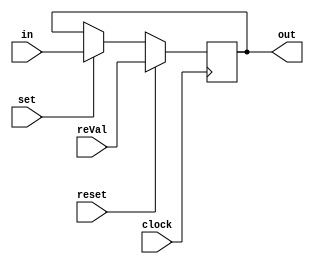
`timescale 1ns / 1ps
//////////////////////////////////////////////////////////////////////////////////
// Company: 
// Engineer: 
// 
// Design Name: 
// Module Name:    registerFile 
// Project Name: 
// Target Devices: 
// Tool versions: 
// Description: 
//
// Dependencies: 
//
// Revision: 
// Revision 0.01 - File Created
// Additional Comments: 
//
//////////////////////////////////////////////////////////////////////////////////
module cenrreg(in,out,set,reset,reVal,clock);//
    parameter width = 8;//
    input[width-1:0] in;//
    input set;//
    input reset;//
    input clock;//
    output[width-1:0] out;//
    reg [width-1:0] out;
    input [width-1:0] reVal;
    always@(posedge clock)//
    begin
        if(set)//1
            out <= in;
        if(reset)//1
            out <= reVal;
     end            
endmodule
//
module registerFile(srcA,srcB,valA,valB,dstE,valE,dstM,valM,reset,clock,rax,rcx,rdx,rbx,rsp,rbp,rsi,rdi,r8,r9,r10,r11,r12,r13,r14);
    //id
    parameter valSize = 64;
    parameter regAddr = 4;
    //
    parameter IRAX = 4'h0;
    parameter IRCX = 4'h1;
    parameter IRDX = 4'h2;
    parameter IRBX = 4'h3;
    parameter IRSP = 4'h4;
    parameter IRBP = 4'h5;
    parameter IRSI = 4'h6;
    parameter IRDI = 4'h7;
    parameter IR8 = 4'h8;
    parameter IR9 = 4'h9;
    parameter IRA = 4'ha;
    parameter IRB = 4'hb;
    parameter IRC = 4'hc;
    parameter IRD = 4'hd;
    parameter IRE = 4'he;
    parameter RNONE = 4'hf;
    //
    output[valSize-1:0]rax,rcx,rdx,rbx,rsp,rbp,rdi,rsi,r8,r9,r10,r11,r12,r13,r14;
    input[regAddr-1:0] srcA;
    input[regAddr-1:0] srcB;
    output[valSize-1:0]valA;
    output[valSize-1:0]valB;
    input[regAddr-1:0]dstE;
    input[regAddr-1:0]dstM;
    input[valSize-1:0]valE;
    input[valSize-1:0]valM;
    input reset;
    input clock;
    //
    wire[valSize-1:0]raxData,rbxData,rcxData,rdxData,rspData,rbpData,rsiData,rdiData,r8Data,r9Data,r11Data,r12Data,r13Data,r14Data,r10Data;
    //
    wire raxW,rbxW,rcxW,rdxW,rspW,rbpW,rsiW,rdiW,r8W,r9W,r10W,r11W,r12W,r13W,r14W;
    //cenrreg15
    cenrreg #(64) raxReg(raxData,rax,raxW,reset,64'b0,clock);
    cenrreg #(64) rbxReg(rbxData,rbx,rbxW,reset,64'b0,clock);
    cenrreg #(64) rcxReg(rcxData,rcx,rcxW,reset,64'b0,clock);
    cenrreg #(64) rdxReg(rdxData,rdx,rdxW,reset,64'b0,clock);
    cenrreg #(64) rspReg(rspData,rsp,rspW,reset,64'b1000,clock);
    cenrreg #(64) rbpReg(rbpData,rbp,rbpW,reset,64'b0,clock);
    cenrreg #(64) rsiReg(rsiData,rsi,rsiW,reset,64'b0,clock);
    cenrreg #(64) rdiReg(rdiData,rdi,rdiW,reset,64'b0,clock);
    cenrreg #(64) r8Reg(r8Data,r8,r8W,reset,64'b0,clock);
    cenrreg #(64) r9Reg(r9Data,r9,r9W,reset,64'b0,clock);
    cenrreg #(64) raReg(r10Data,r10,r10W,reset,64'b0,clock);
    cenrreg #(64) rbReg(r11Data,r11,r11W,reset,64'b0,clock);
    cenrreg #(64) rcReg(r12Data,r12,r12W,reset,64'b0,clock);
    cenrreg #(64) rdReg(r13Data,r13,r13W,reset,64'b0,clock);
    cenrreg #(64) reReg(r14Data,r14,r14W,reset,64'b0,clock);
    //valA
    assign valA = srcA==IRAX ? rax:
                  srcA==IRDX ? rdx:
                  srcA==IRCX ? rcx:
                  srcA==IRBX ? rbx:
                  srcA==IRSP ? rsp:
                  srcA==IRBP ? rbp:
                  srcA==IRSI ? rsi:
                  srcA==IRDI ? rdi:
                  srcA==IR8 ? r8:
                  srcA==IR9 ? r9:
                  srcA==IRA ? r10:
                  srcA==IRB ? r11:
                  srcA==IRC ? r12:
                  srcA==IRD ? r13:
                  srcA==IRE ? r14:
                  0;
    //valB
    assign valB = srcB==IRAX ? rax:
                  srcB==IRDX ? rdx:
                  srcB==IRCX ? rcx:
                  srcB==IRBX ? rbx:
                  srcB==IRSP ? rsp:
                  srcB==IRBP ? rbp:
                  srcB==IRSI ? rsi:
                  srcB==IRDI ? rdi:
                  srcB==IR8 ? r8:
                  srcB==IR9 ? r9:
                  srcB==IRA ? r10:
                  srcB==IRB ? r11:
                  srcB==IRC ? r12:
                  srcB==IRD ? r13:
                  srcB==IRE ? r14:
                  0;
    //
    assign raxData = dstM == IRAX ? valM:valE;
    assign rdxData = dstM == IRDX ? valM:valE;
    assign rcxData = dstM == IRCX ? valM:valE;
    assign rbxData = dstM == IRBX ? valM:valE;
    assign rspData = dstM == IRSP ? valM : valE;
    assign rbpData = dstM == IRBP ? valM : valE;
    assign rsiData = dstM == IRSI ? valM : valE;
    assign rdiData = dstM == IRDI ? valM : valE;
    assign r8Data = dstM == IR8 ? valM : valE;
    assign r9Data = dstM == IR9 ? valM : valE;
    assign r10Data = dstM == IRA ? valM : valE;
    assign r11Data = dstM == IRB ? valM : valE;
    assign r12Data = dstM == IRC ? valM : valE;
    assign r13Data = dstM == IRD ? valM : valE;
    assign r14Data = dstM == IRE ? valM : valE;
    //
    assign raxW = dstM == IRAX | dstE == IRAX;
    assign rcxW = dstM == IRCX | dstE == IRCX;
    assign rdxW = dstM == IRDX | dstE == IRDX;
    assign rbxW = dstM == IRBX | dstE == IRBX;
    assign rspW = dstM == IRSP | dstE == IRSP;
    assign rbpW = dstM == IRBP | dstE == IRBP;
    assign rsiW = dstM == IRSI | dstE == IRSI;
    assign rdiW = dstM == IRDI | dstE == IRDI;
    assign r8W = dstM == IR8 | dstE == IR8;
    assign r9W = dstM == IR9 | dstE == IR9;
    assign r10W = dstM == IRA | dstE == IRA;
    assign r11W = dstM == IRB | dstE == IRB;
    assign r12W = dstM == IRC | dstE == IRC;
    assign r13W = dstM == IRD | dstE == IRD;
    assign r14W = dstM == IRE | dstE == IRE;
endmodule